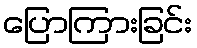
ပြောကြားခြင်း